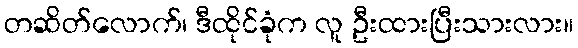
တဆိတ်လောက်၊ ဒီထိုင်ခုံက လူ ဦးထားပြီးသားလား။